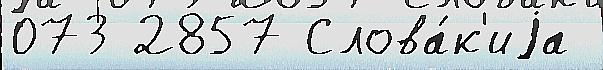
073 2857 Слова́к'иjа